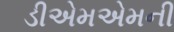
ડીએમએમની